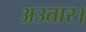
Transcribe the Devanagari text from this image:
अउतार।